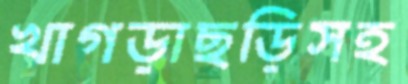
খাগড়াছড়িসহ